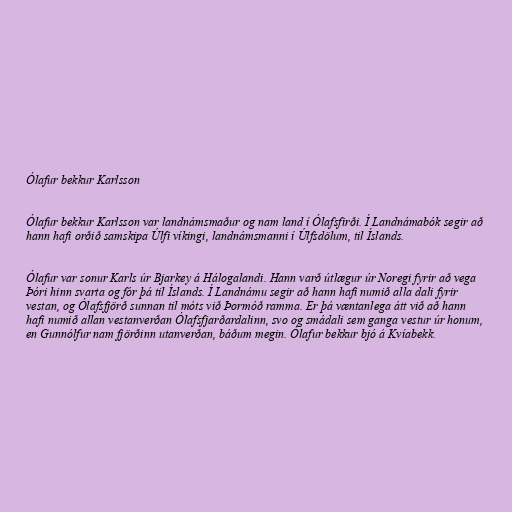
Ólafur bekkur Karlsson

Ólafur bekkur Karlsson var landnámsmaður og nam land í Ólafsfirði. Í Landnámabók segir að
hann hafi orðið samskipa Úlfi víkingi, landnámsmanni í Úlfsdölum, til Íslands.

Ólafur var sonur Karls úr Bjarkey á Hálogalandi. Hann varð útlægur úr Noregi fyrir að vega
Þóri hinn svarta og fór þá til Íslands. Í Landnámu segir að hann hafi numið alla dali fyrir
vestan, og Ólafsfjörð sunnan til móts við Þormóð ramma. Er þá væntanlega átt við að hann
hafi numið allan vestanverðan Ólafsfjarðardalinn, svo og smádali sem ganga vestur úr honum,
en Gunnólfur nam fjörðinn utanverðan, báðum megin. Ólafur bekkur bjó á Kvíabekk.